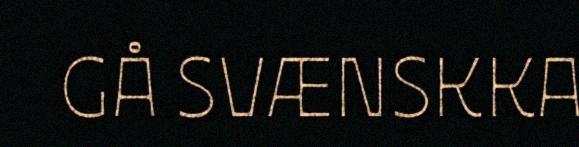
GÅ SVÆNSKKA